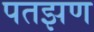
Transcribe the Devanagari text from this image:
पतझण